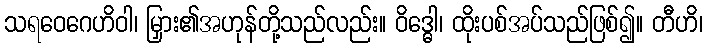
သရဝေဂေဟိဝါ၊ မြှား၏အဟုန်တို့သည်လည်း။ ဝိဒ္ဓေါ၊ ထိုးပစ်အပ်သည်ဖြစ်၍။ တီဟိ၊